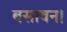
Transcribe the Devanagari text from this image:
बसावन।